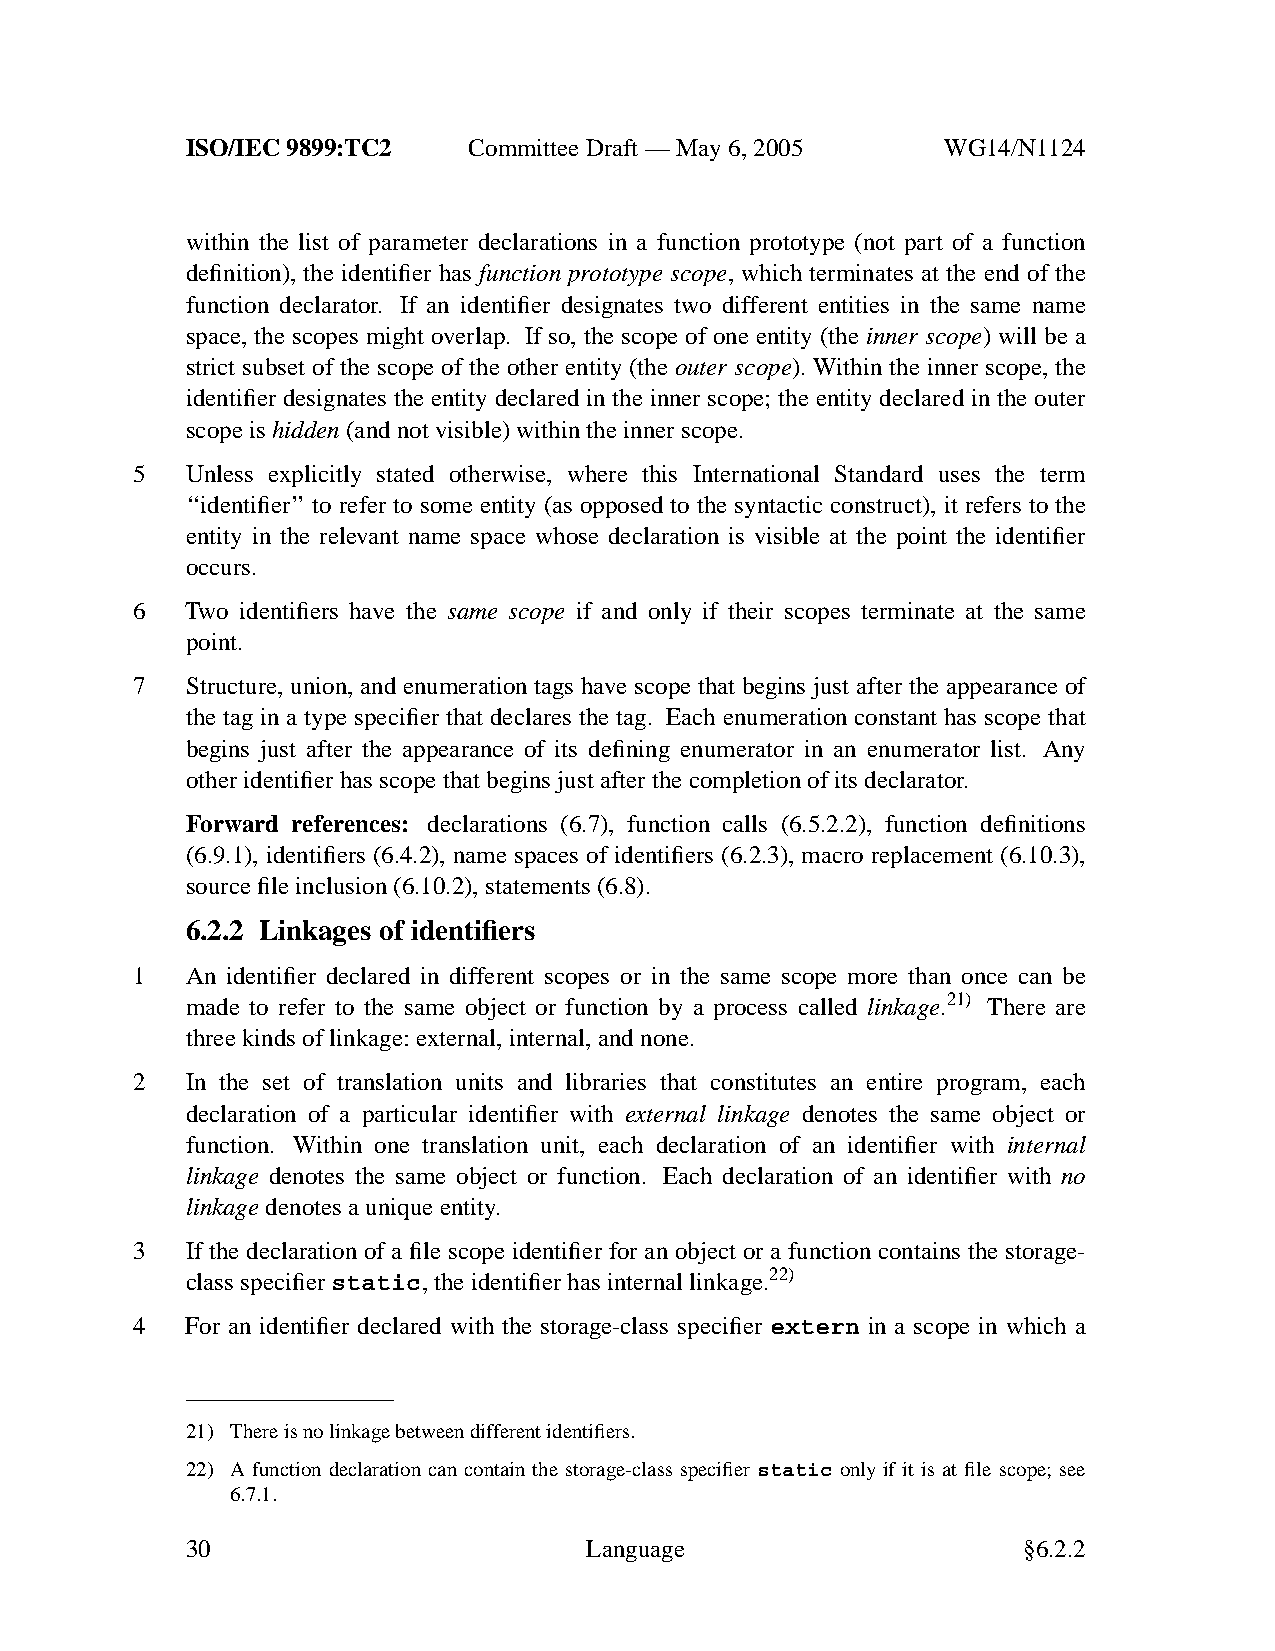
ISO/IEC 9899:TC2   Committee Draft — May 6, 2005   WG14/N1124
 within the list of parameter declarations in a function prototype (not part of a function
 definition), the identifier has function prototype scope, which terminates at the end of the
 function declarator. If an identifier designates two different entities in the same name
 space, the scopes might overlap. If so, the scope of one entity (the inner scope) will be a
 strict subset of the scope of the other entity (the outer scope). Within the inner scope, the
 identifier designates the entity declared in the inner scope; the entity declared in the outer
 scope ishidden(and not visible) within the inner scope.
 5  Unless explicitly stated otherwise, where this International Standard uses the term
 ‘‘identifier’’ to refer to some entity (as opposed to the syntactic construct), it refers to the
 entity in the relevant name space whose declaration is visible at the point the identifier
 occurs.
 6  Tw o identifiers have the same scope if and only if their scopes terminate at the same
 point.
 7  Structure, union, and enumeration tags have scope that begins just after the appearance of
 the tag in a type specifier that declares the tag. Each enumeration constant has scope that
 begins just after the appearance of its defining enumerator in an enumerator list. Any
 other identifier has scope that begins just after the completion of its declarator.
 Forward references: declarations (6.7), function calls (6.5.2.2), function definitions
 (6.9.1), identifiers (6.4.2), name spaces of identifiers (6.2.3), macro replacement (6.10.3),
 source file inclusion (6.10.2), statements (6.8).
 6.2.2 Linkages of identifiers
 1  An identifier declared in different scopes or in the same scope more than once can be
 made to refer to the same object or function by a process called linkage.21) There are
 three kinds of linkage: external, internal, and none.
 2  In the set of translation units and libraries that constitutes an entire program, each
 declaration of a particular identifier with external linkage denotes the same object or
 function. Within one translation unit, each declaration of an identifier with internal
 linkage denotes the same object or function. Each declaration of an identifier with no
 linkage denotes a unique entity.
 3  If the declaration of a file scope identifier for an object or a function contains the storage-
 class specifierstatic,the identifier has internal linkage.22)
 4  For an identifier declared with the storage-class specifier extern in a scope in which a
 21) There is no linkage between different identifiers.
 22) A function declaration can contain the storage-class specifier static only if it is at file scope; see
 6.7.1.
 30                         Language                     §6.2.2